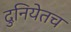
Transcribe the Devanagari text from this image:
दुनियेतच